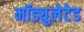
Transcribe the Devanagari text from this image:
मॉड्युलेटेड